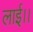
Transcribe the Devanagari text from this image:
लाई।।